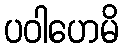
ပဝါဟေမိ